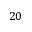
2 0